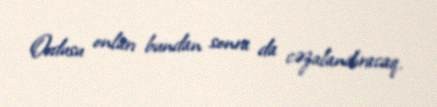
Ordusu onları bundan sonra da cəzalandıracaq.